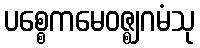
ပစ္စေကမေဝဇ္ဈဂမံသု